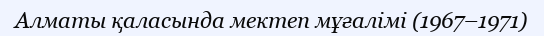
Алматы қаласында мектеп мұғалімі (1967–1971)